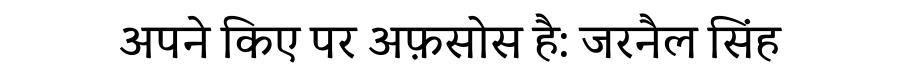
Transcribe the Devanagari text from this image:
अपने किए पर अफ़सोस है: जरनैल सिंह